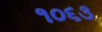
૧૦૬૩